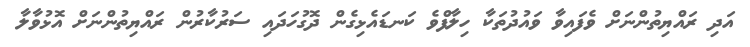
އަދި ރައްޔިތުންނަށް ވެފައިވާ ވައުދުތަކާ ހިލާފްވެ ކަނޑައެޅިގެން ދޮގުހަދައި ސަރުކާރުން ރައްޔިތުންނަށް އޮޅުވާލާ